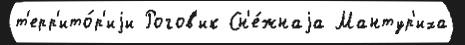
т'ерр'ито́р'иjи Рогов'ик Сн'е́жнаjа Мантур'иха